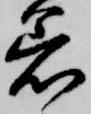
着